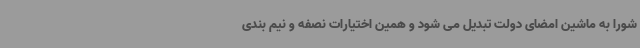
شورا به ماشین امضای دولت تبدیل می شود و همین اختیارات نصفه و نیم بندی